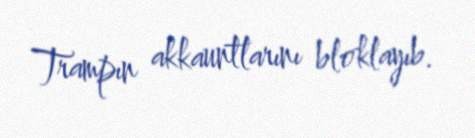
Trampın akkauntlarını bloklayıb.